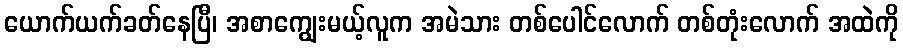
ယောက်ယက်ခတ်နေပြီ၊ အစာကျွေးမယ့်လူက အမဲသား တစ်ပေါင်လောက် တစ်တုံးလောက် အထဲကို